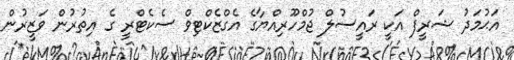
އަޙުމަދު ޝަރީފް އަކީ ރައީސުލް ޖުމްހޫރިއްޔާގެ އެގްޒެކްޓިވް ސެކެޓްރީ ގެ އިތުރުން ވަޒީރުން